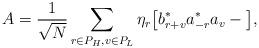
LaTeX: \begin{align*} A = \frac1{\sqrt N} \sum_{r\in P_{H}, v \in P_{L}} \eta_r \big[b^*_{r+v}a^*_{-r}a_v - \big],\end{align*}